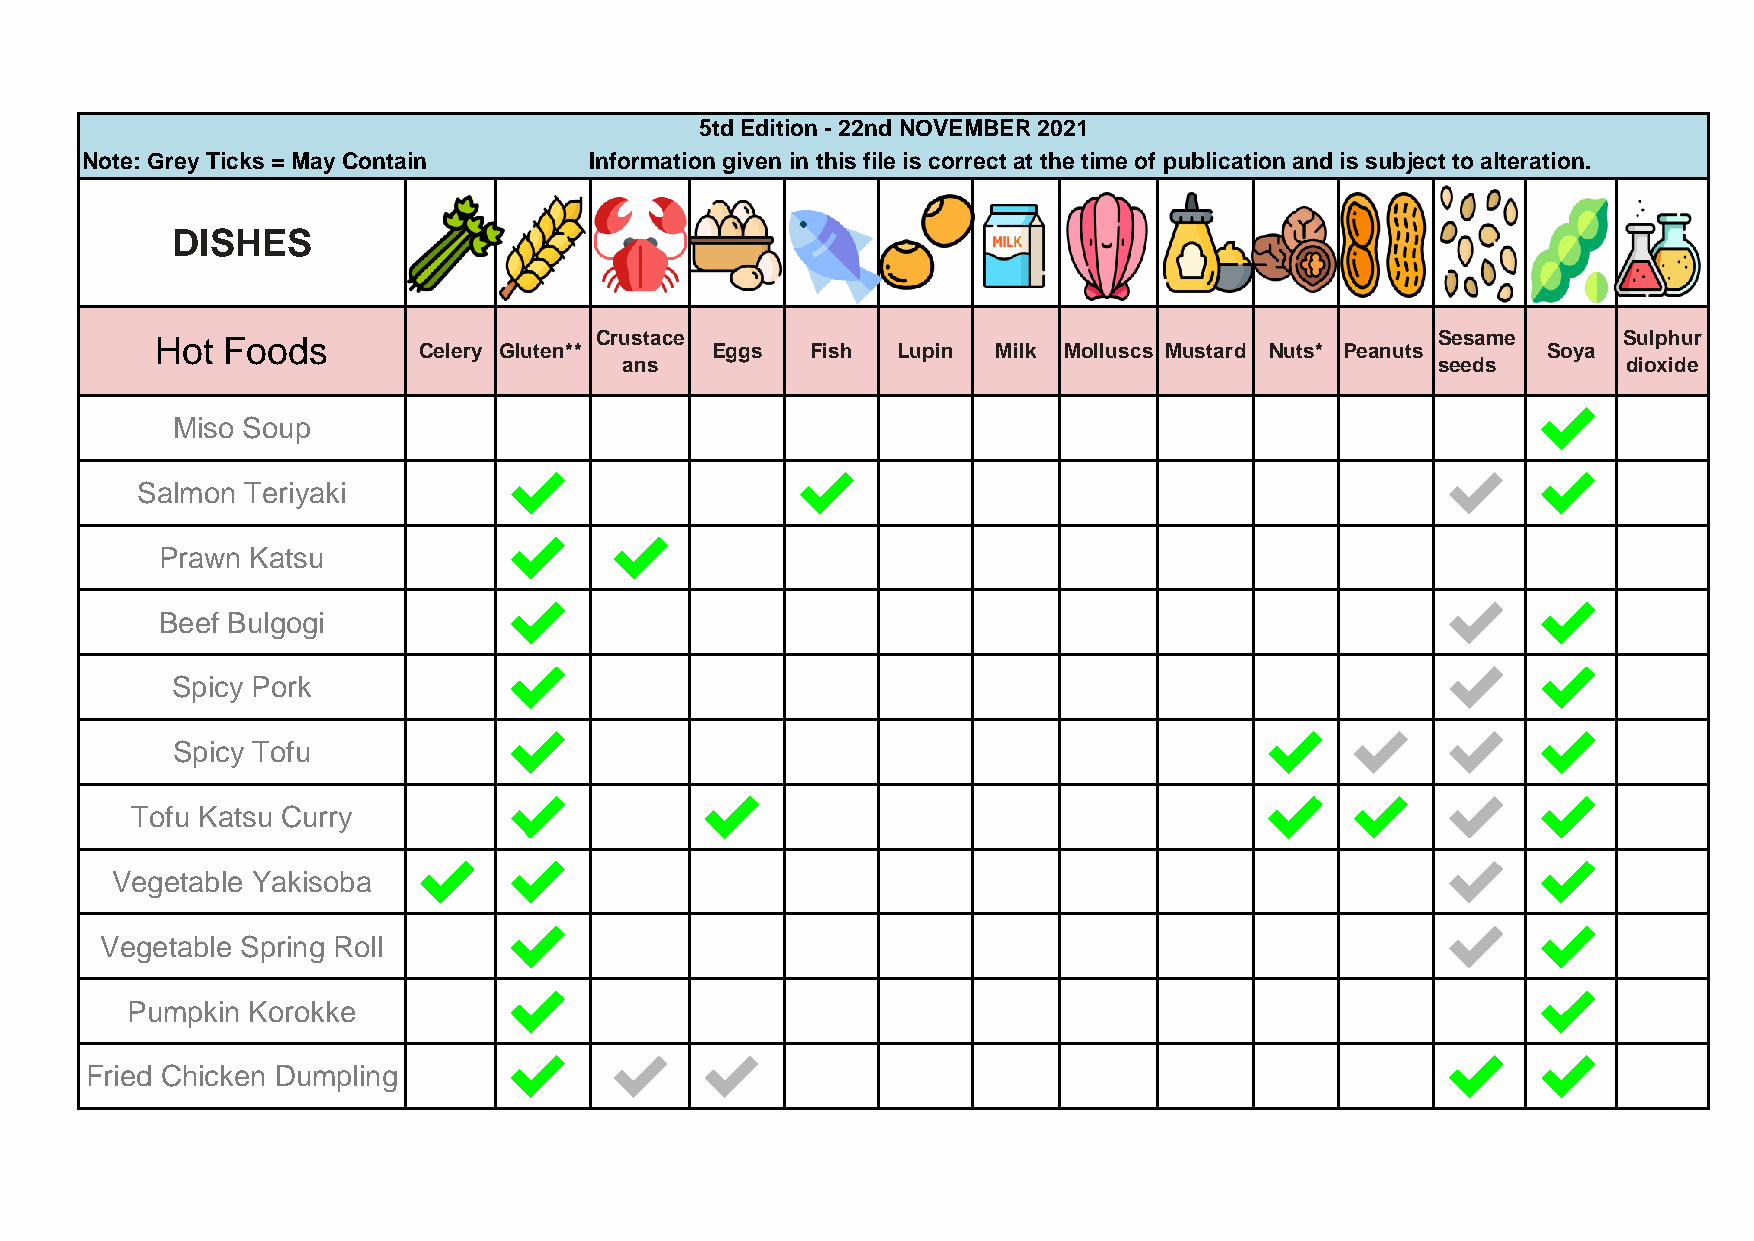
5td Edition - 22nd NOVEMBER 2021
 Note: Grey Ticks = May Contain    Information given in this file is correct at the time of publication and is subject to alteration.
 DISHES
 Hot  Foods                   Crustace                                                Sesame      Sulphur
 Celery Gluten**    Eggs   Fish Lupin  Milk Molluscs Mustard Nuts* Peanuts Soya
 ans                                                   seeds        dioxide
 ✔
 Miso Soup
 ✔                  ✔                                          ✔      ✔
 Salmon Teriyaki
 ✔      ✔
 Prawn Katsu
 ✔                                                             ✔      ✔
 Beef Bulgogi
 ✔                                                             ✔      ✔
 Spicy Pork
 ✔                                                 ✔     ✔     ✔      ✔
 Spicy Tofu
 ✔            ✔                                    ✔     ✔     ✔      ✔
 Tofu Katsu Curry
 ✔     ✔                                                             ✔      ✔
 Vegetable Yakisoba
 ✔                                                             ✔      ✔
 Vegetable Spring Roll
 ✔                                                                    ✔
 Pumpkin Korokke
 ✔      ✔     ✔                                                ✔      ✔
 Fried Chicken Dumpling